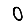
Digit: 0